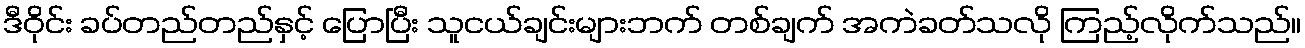
ဒီဝိုင်း ခပ်တည်တည်နှင့် ပြောပြီး သူငယ်ချင်းများဘက် တစ်ချက် အကဲခတ်သလို ကြည့်လိုက်သည်။